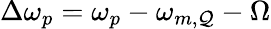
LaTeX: \Delta\omega_{p}=\omega_{p}-\omega_{m,\mathcal{Q}}-\Omega